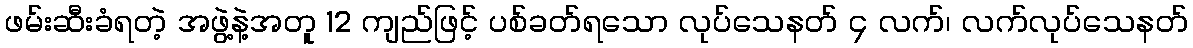
ဖမ်းဆီးခံရတဲ့ အဖွဲ့နဲ့အတူ 12 ကျည်ဖြင့် ပစ်ခတ်ရသော လုပ်သေနတ် ၄ လက်၊ လက်လုပ်သေနတ်